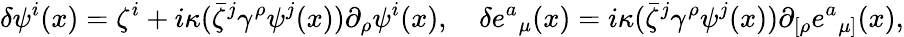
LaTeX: \delta\psi^{i}(x)=\zeta^{i}+i\kappa(\bar{\zeta}^{j}{\gamma}^{\rho}\psi^{j}(x))\partial_{\rho}\psi^{i}(x),\quad\delta{e^{a}}_{\mu}(x)=i\kappa(\bar{\zeta}^{j}{\gamma}^{\rho}\psi^{j}(x))\partial_{[\rho}{e^{a}}_{\mu]}(x),